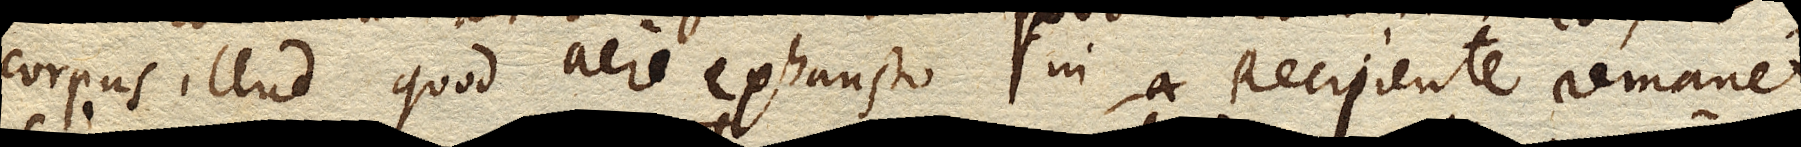
corpus illud quod aere exhausto in Recipiente remanet,